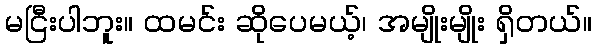
မငြီးပါဘူး။ ထမင်း ဆိုပေမယ့်၊ အမျိုးမျိုး ရှိတယ်။